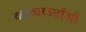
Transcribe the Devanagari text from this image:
काव्यकर्ताओं